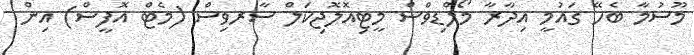
މޫސުމާ ބެހޭ ގައުމީ އިދާރާ މޯލްޑިވްސް މީޓިއޮލޮޖިކަލް ސާރވިސް (މެޓް އޮފީސް) އިން